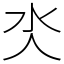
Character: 氼